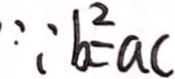
\because b ^ { 2 } = a c